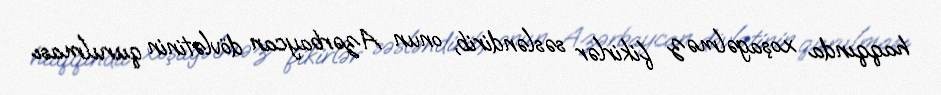
haqqında xoşagəlməz fikirlər səsləndirib, onun Azərbaycan dövlətinin qurulması